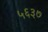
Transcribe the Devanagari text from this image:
५६३७